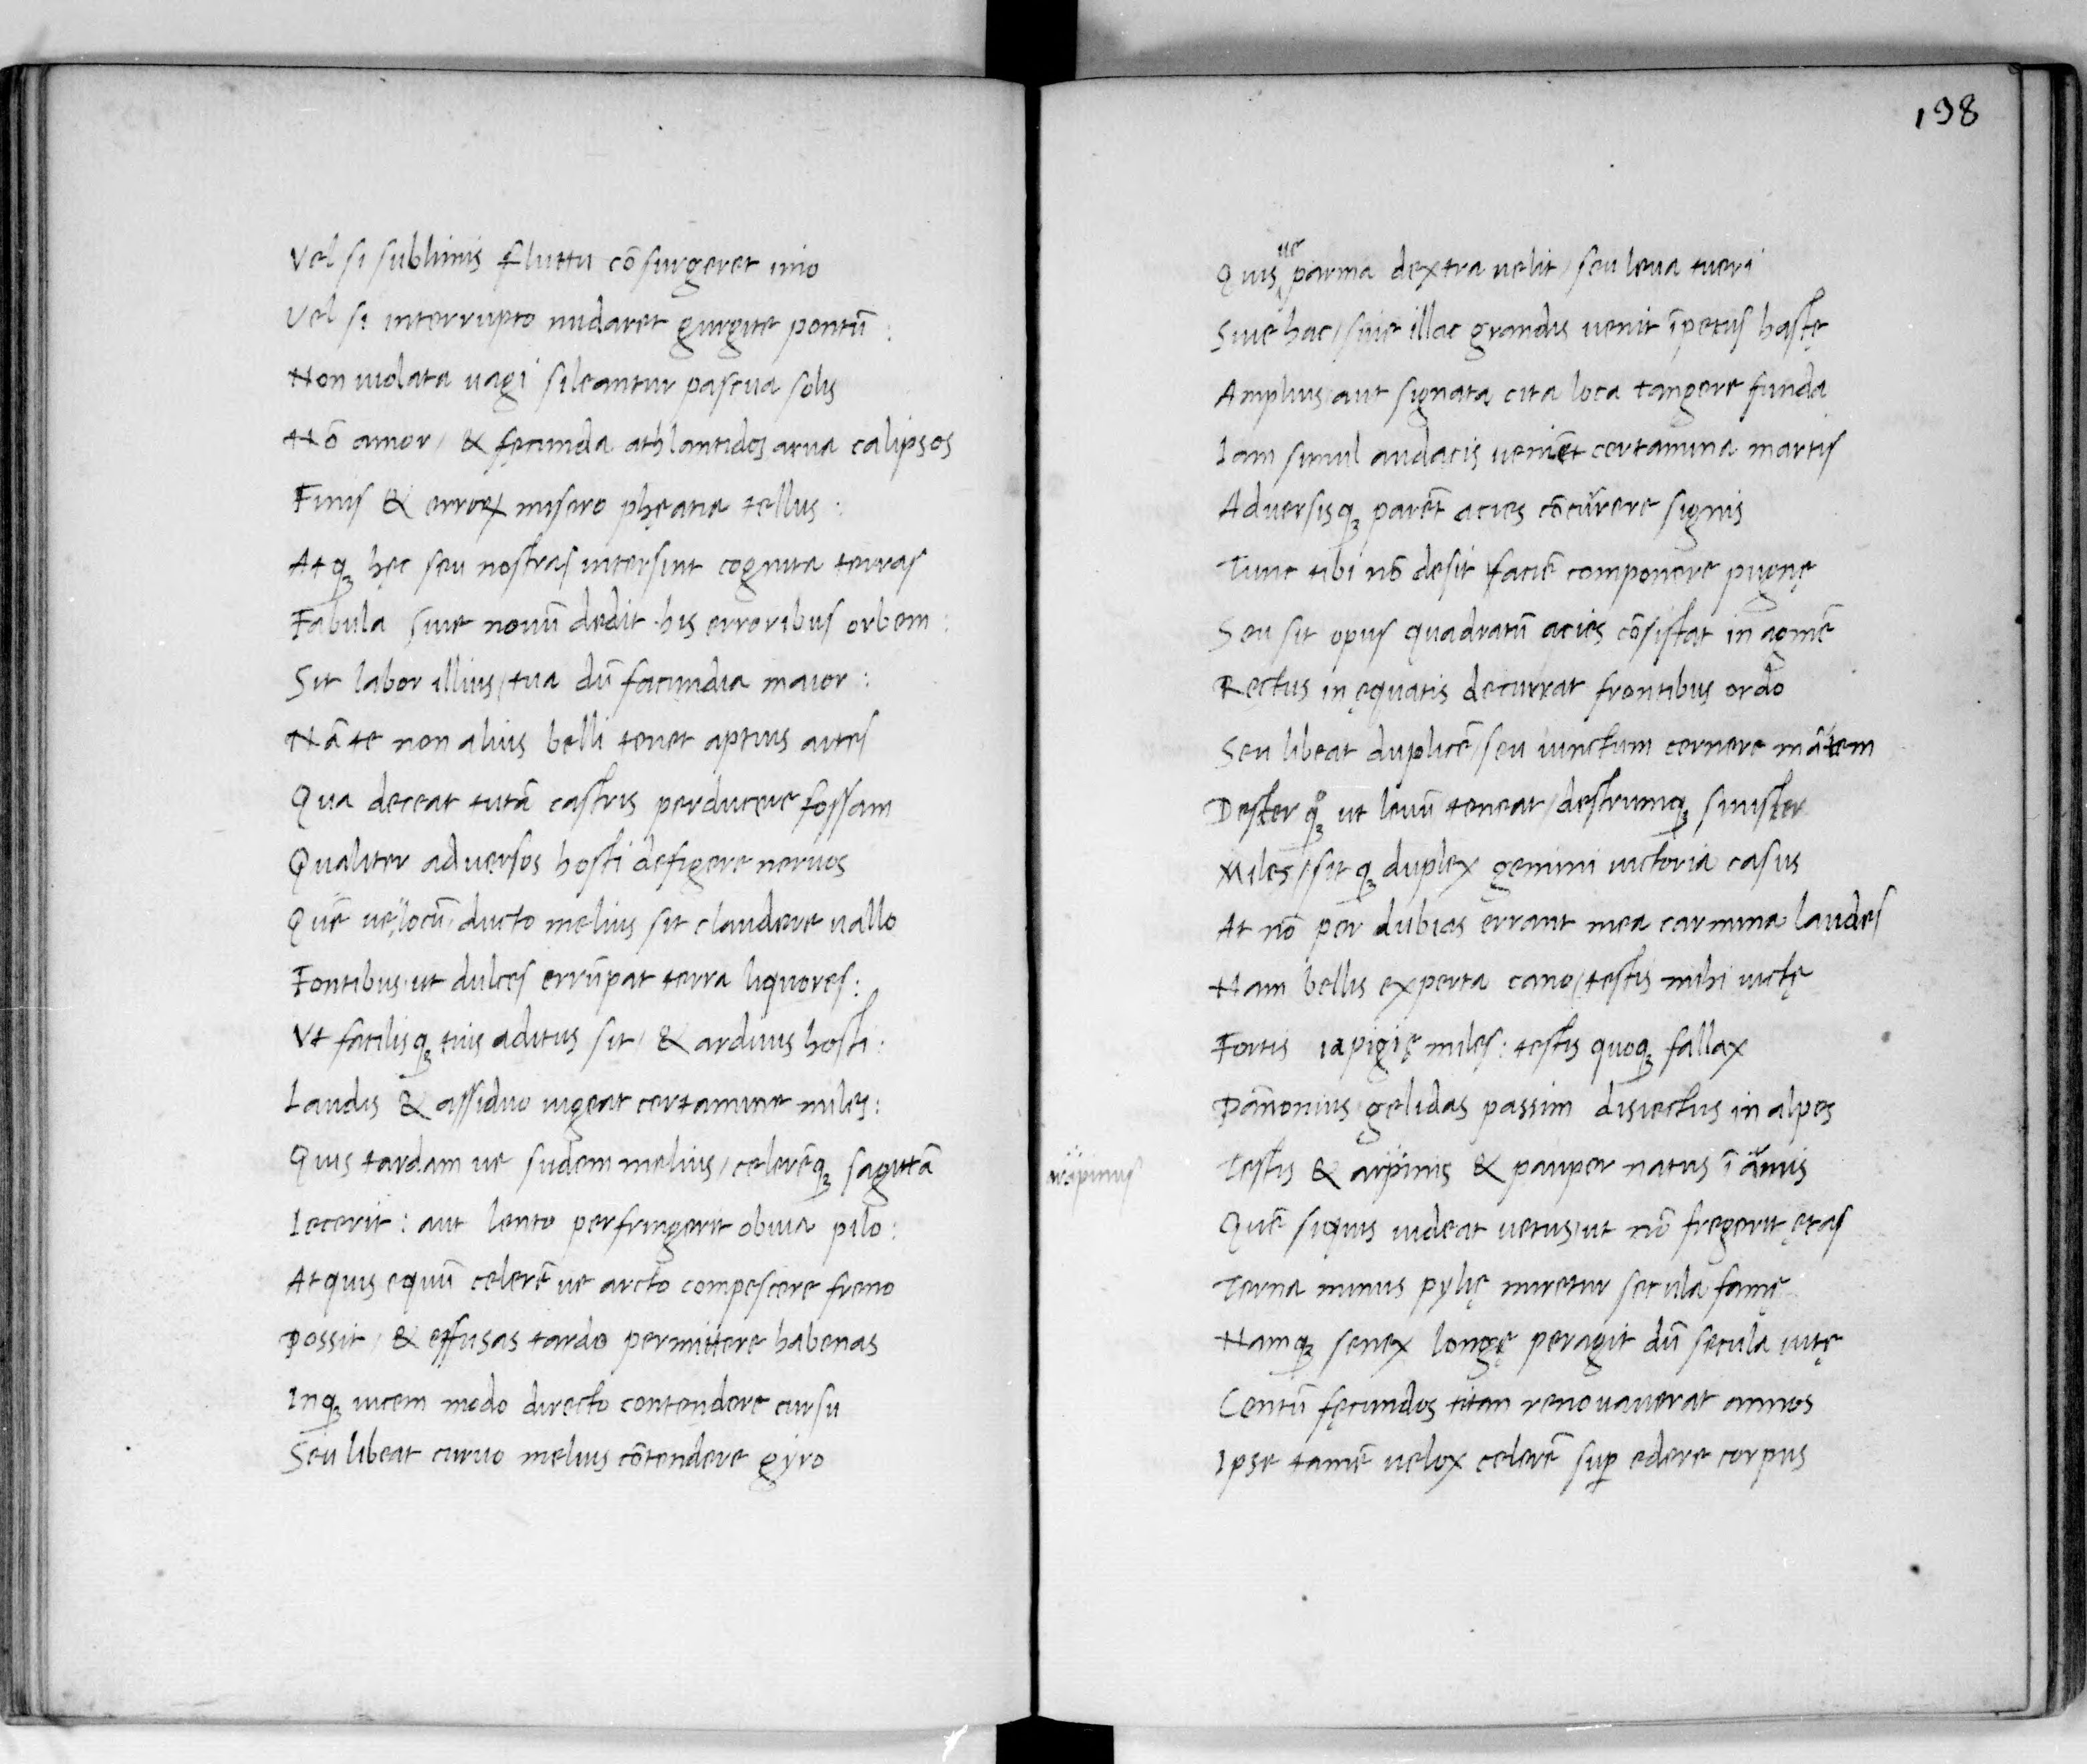
Shelfmark: Paris, BnF, lat. 8236
Century: 15